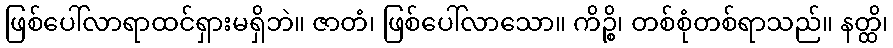
ဖြစ်ပေါ်လာရာထင်ရှားမရှိဘဲ။ ဇာတံ၊ ဖြစ်ပေါ်လာသော။ ကိဉ္စိ၊ တစ်စုံတစ်ရာသည်။ နတ္ထိ၊